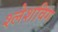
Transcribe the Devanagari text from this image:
श्लेशविग